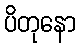
ပိတုနော